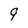
Character: 9